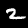
Label: 2